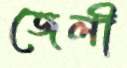
জেলী